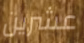
عشرين